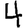
Digit: 4